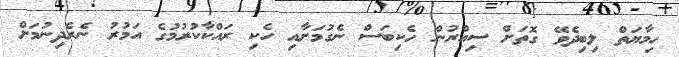
ހިމާޔަތް ލިބިދެވޭ ގޮތަށް ސިއްރުން ހެކިބަސް ނެގުމަށާއި ހެކި ރައްކާކުރުމުގެ އަމުރު ނެރެދިނުމަށް